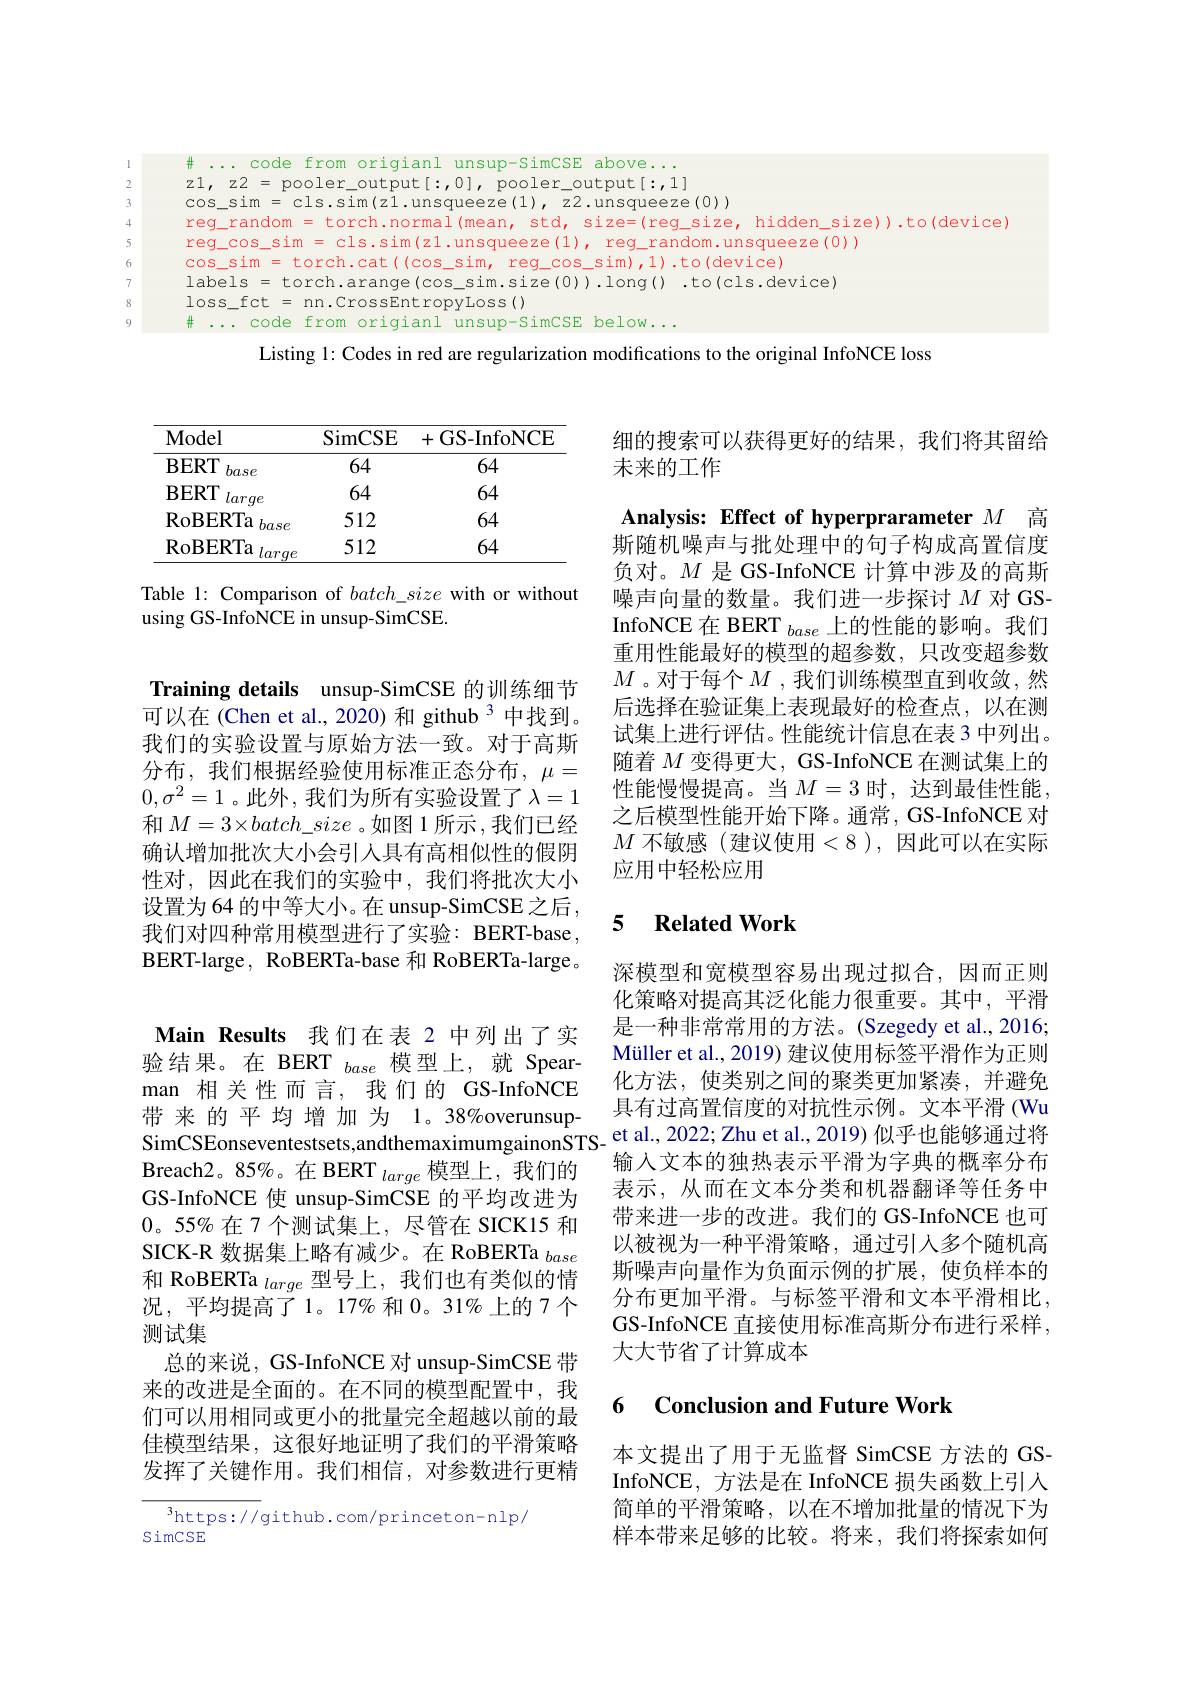
# ... code from origianl unsup-SimCSE above... $z1,z2=pooler\_output[:,0]$, pooler\_output[:,1] $\cos\_sim=cls.sim(z1.unsqueeze(1),z2.unsqueeze(0))$
reg\_random = torch.normal(mean, std, size=(reg\_size, hidden\_size)).to(device)
reg\_cos\_sim = cls.sim(z1.unsqueeze(1), reg\_random.unsqueeze(0))
cos\_sim = torch.cat((cos\_sim, reg\_cos\_sim),1).to(device)
labels = torch.arange(cos\_sim.size(0)).long().to(cls.device)
$loss\_fct=nn.CrossEntropyLoss()$
# ... code from origianl unsup-simCSE below...
Listing 1: Codes in red are regularization modifications to the original InfoNCE loss

<table>
	<tbody>
		<tr>
			<th>$\mathbf{Model}$</th>
			<th>SimCSE</th>
			<th>GS- InfoNCE + -</th>
		</tr>
		<tr>
			<td>$\mathbf{BERT}$ base</td>
			<td>64</td>
			<td>64</td>
		</tr>
		<tr>
			<td>$\mathbf{BERT}$ large</td>
			<td>64</td>
			<td>64</td>
		</tr>
		<tr>
			<td>RoBERTa base</td>
			<td>512</td>
			<td>64</td>
		</tr>
		<tr>
			<td>RoBERTa $larg\epsilon$</td>
			<td>512</td>
			<td>64</td>
		</tr>
	</tbody>
</table>

Table 1: Comparison of $batch\_size$ with or without
using GS-InfoNCE in unsup-SimCSE.

Training details unsup-SimCSE 的训练细节可以在(Chen et al.,2020)和 github 3 中找到。我们的实验设置与原始方法一致。对于高斯分布，我们根据经验使用标准正态分布，$\mu=$ $0,\sigma^2=1$。此外，我们为所有实验设置了$\lambda=1$ 和 $M=3\times batch\_size$ 。如图 1 所示 ,我们已经确认增加批次大小会引人具有高相似性的假阴性对，因此在我们的实验中，我们将批次大小设置为64 的中等大小。在 unsup-SimCSE之后， 我们对四种常用模型进行了实验：BERT-base, BERT-large, RoBERTa-base 和 RoBERTa-large。

Main Results 我们在表 2 中列出了实验结果。在 BERT $_{base}$模型上，就 Spearman 相关性而言，我们的 GS-InfoNCE 带来的平均增加为 1。38%overunsupSimCSEonseventestsets,andthemaximumgainonSTS- et al., 2022; Zhu et al., 2019) 似乎也能够通过将
Breach2。85%。在 BERT $_large$模型上，我们的GS-InfoNCE 使 unsup-SimCSE 的平均改进为0。55%在7个测试集上，尽管在 SICK15 和SICK-R 数据集上略有减少。在 RoBERTa $_{base}$ 和 RoBERTa $_{large}$型号上，我们也有类似的情况，平均提高了1。17%和0。31%上的7个测试集
总的来说，GS-InfoNCE 对 unsup-SimCSE 带来的改进是全面的。在不同的模型配置中，我们可以用相同或更小的批量完全超越以前的最佳模型结果，这很好地证明了我们的平滑策略发挥了关键作用。我们相信，对参数进行更精

$^3$https://github.com/princeton-nlp/
SimCSE

细的搜索可以获得更好的结果，我们将其留给
未来的工作

Analysis: Effect of hyperprarameter $M$高斯随机噪声与批处理中的句子构成高置信度负对。$M$是 GS-InfoNCE 计算中涉及的高斯噪声向量的数量。我们进一步探讨$M$ 对 GSInfoNCE 在 BERT $_{base}$上的性能的影响。我们重用性能最好的模型的超参数，只改变超参数$M$ 。对于每个$M$ ,我们训练模型直到收敛，然后选择在验证集上表现最好的检查点，以在测试集上进行评估。性能统计信息在表 3 中列出。随着$M$变得更大，GS-InfoNCE 在测试集上的性能慢慢提高。当$M=3$时，达到最佳性能， 之后模型性能开始下降。通常，GS-InfoNCE 对$M$ 不敏感(建议使用<8),因此可以在实际应用中轻松应用

### 5 $\textbf{Related Work}$

深模型和宽模型容易出现过拟合，因而正则化策略对提高其泛化能力很重要。其中，平滑是一种非常常用的方法。(Szegedy et al.,2016; Müller et al., 2019) 建议使用标签平滑作为正则化方法，使类别之间的聚类更加紧凑，并避免具有过高置信度的对抗性示例。文本平滑 (Wu 输人文本的独热表示平滑为字典的概率分布表示，从而在文本分类和机器翻译等任务中带来进一步的改进。我们的 GS-InfoNCE 也可以被视为一种平滑策略，通过引入多个随机高斯噪声向量作为负面示例的扩展，使负样本的分布更加平滑。与标签平滑和文本平滑相比， GS-InfoNCE 直接使用标准高斯分布进行采样， 大大节省了计算成本

### 6 $\textbf{Conclusion and Future Work}$

本文提出了用于无监督 SimCSE 方法的 GSInfoNCE, 方法是在 InfoNCE 损失函数上引人简单的平滑策略，以在不增加批量的情况下为样本带来足够的比较。将来，我们将探索如何